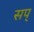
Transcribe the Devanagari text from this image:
सप्